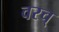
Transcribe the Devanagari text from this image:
वरच्